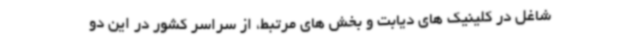
شاغل در کلینیک های دیابت و بخش های مرتبط، از سراسر کشور در این دو